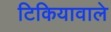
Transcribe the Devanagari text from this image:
टिकियावाले